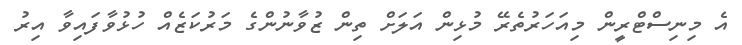
އެ މިނިސްޓްރީން މިއަހަރުތެރޭ މުޅިން އަލަށް ތިން ޒުވާނުންގެ މަރުކަޒެއް ހުޅުވާފައިވާ އިރު